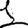
Digit: 1